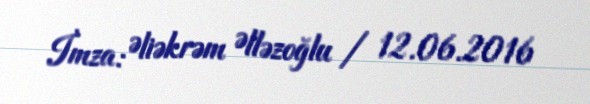
İmza: Əliəkrəm Əlləzoğlu / 12.06.2016